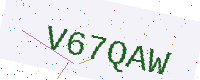
Text: V67QAW